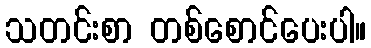
သတင်းစာ တစ်စောင်ပေးပါ။